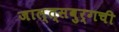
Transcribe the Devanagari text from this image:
जाल्त्सबुर्गची